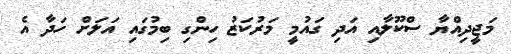
މަޖީދިއްޔާ ސްކޫލާއި އަދި ގައުމީ މަރުކަޒު ހިންގި ބިމުގައި އަލަށް ހަދާ އެ